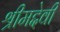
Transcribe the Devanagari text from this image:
श्रीमद्देवी